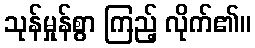
သုန်မှုန်စွာ ကြည့် လိုက်၏။